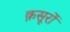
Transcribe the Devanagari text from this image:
क़सूरों